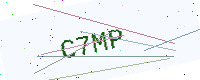
Text: C7MP